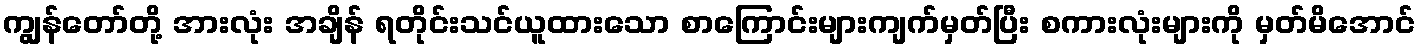
ကျွန်တော်တို့ အားလုံး အချိန် ရတိုင်းသင်ယူထားသော စာကြောင်းများကျက်မှတ်ပြီး စကားလုံးများကို မှတ်မိအောင်